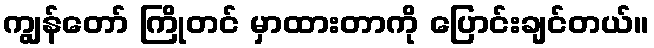
ကျွန်တော် ကြိုတင် မှာထားတာကို ပြောင်းချင်တယ်။